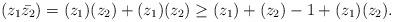
LaTeX: \begin{align*}&(z_1\bar{z_2}) = (z_1)(z_2) + (z_1)(z_2) \geq (z_1)+(z_2) - 1 + (z_1)(z_2).\end{align*}